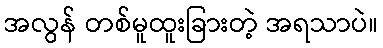
အလွန် တစ်မူထူးခြားတဲ့ အရသာပဲ။